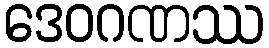
ဒေဝဂဏဿ